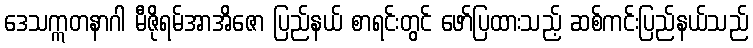
ဒေသဣတနာဂါ မီဇိုရမ်အာအိဇော ပြည်နယ် စာရင်းတွင် ဖော်ပြထားသည့် ဆစ်ကင်းပြည်နယ်သည်